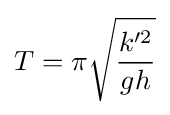
T=\pi {\sqrt {\frac {k'^{2}}{gh}}}